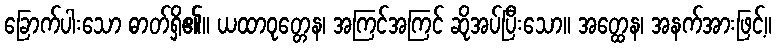
ခြောက်ပါးသော ဓာတ်ရှိ၏။ ယထာဝုတ္တေန၊ အကြင်အကြင် ဆိုအပ်ပြီးသော။ အတ္ထေန၊ အနက်အားဖြင့်။